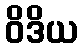
ဝိဒိယ